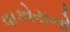
વાકોયનો